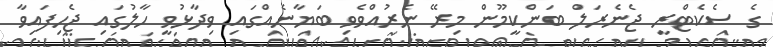
ގެ ސެކެޓްރީ ޖެނެރަލް ބަންކީމޫން މިރޭ ނެރުއްވެވި ބަޔާނެއްގައި ވިދާޅުވީ ހާލުގައި ޖެހިފައިވާ